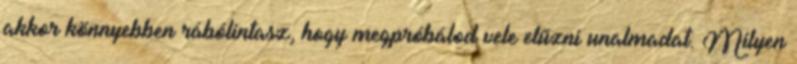
akkor könnyebben rábólintasz, hogy megpróbálod vele elűzni unalmadat. Milyen